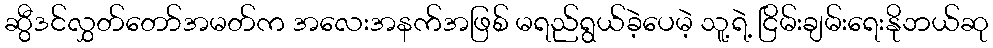
ဆွီဒင်လွှတ်တော်အမတ်က အလေးအနက်အဖြစ် မရည်ရွယ်ခဲ့ပေမဲ့ သူ့ရဲ့ ငြိမ်းချမ်းရေးနိုဘယ်ဆု